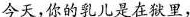
今天，你的乳儿是在狱里，